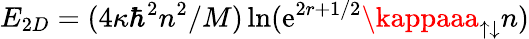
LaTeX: E_{2D}=(4\kappa\hbar^{2}n^{2}/M)\ln(\mathrm{e}^{2r+1/2}\kappaaa_{\uparrow\downarrow}n)